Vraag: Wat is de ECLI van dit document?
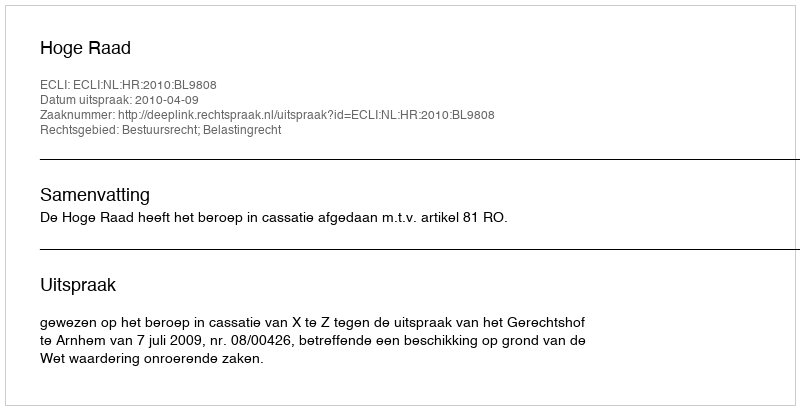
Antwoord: ECLI:NL:HR:2010:BL9808